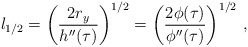
\begin{align*} l_{1/2} = \left(\frac {2r_{y}} {h''(\tau)}\right)^{1/2}= \left(\frac{2\phi(\tau)}{\phi''(\tau)}\right)^{1/2}\, , \end{align*}